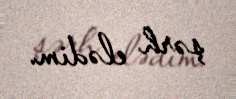
şərh elədim.